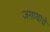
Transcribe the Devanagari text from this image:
जगायाचे